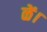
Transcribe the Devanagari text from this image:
ळें।